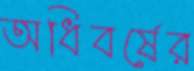
অধিবর্ষের